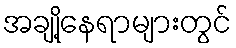
အချို့နေရာများတွင်